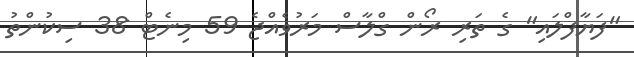
"ފަޔާފްލައި" ގެ ތަރި ރޯން ގްލާސް މަރުވެއްޖެ 59 މިނެޓް 38 ސިކުންތު